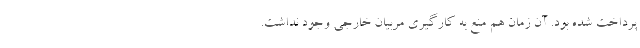
پرداخت شده بود. آن زمان هم منع به کارگیری مربیان خارجی وجود نداشت.